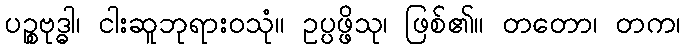
ပဉ္စဗုဒ္ဓါ၊ ငါးဆူဘုရားဝသုံ။ ဥပ္ပဖ္ဖိသု၊ ဖြစ်၏။ တတော၊ တက၊